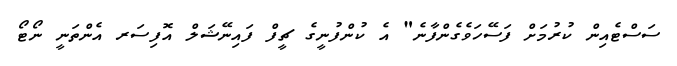
ސަސްޓެއިން ކުރުމަށް ފަސޭހަވެގެންފާނެ" އެ ކުންފުނީގެ ޗީފް ފައިނޭޝަލް އޮފިސަރ އެންތަނީ ނޯޓޯ